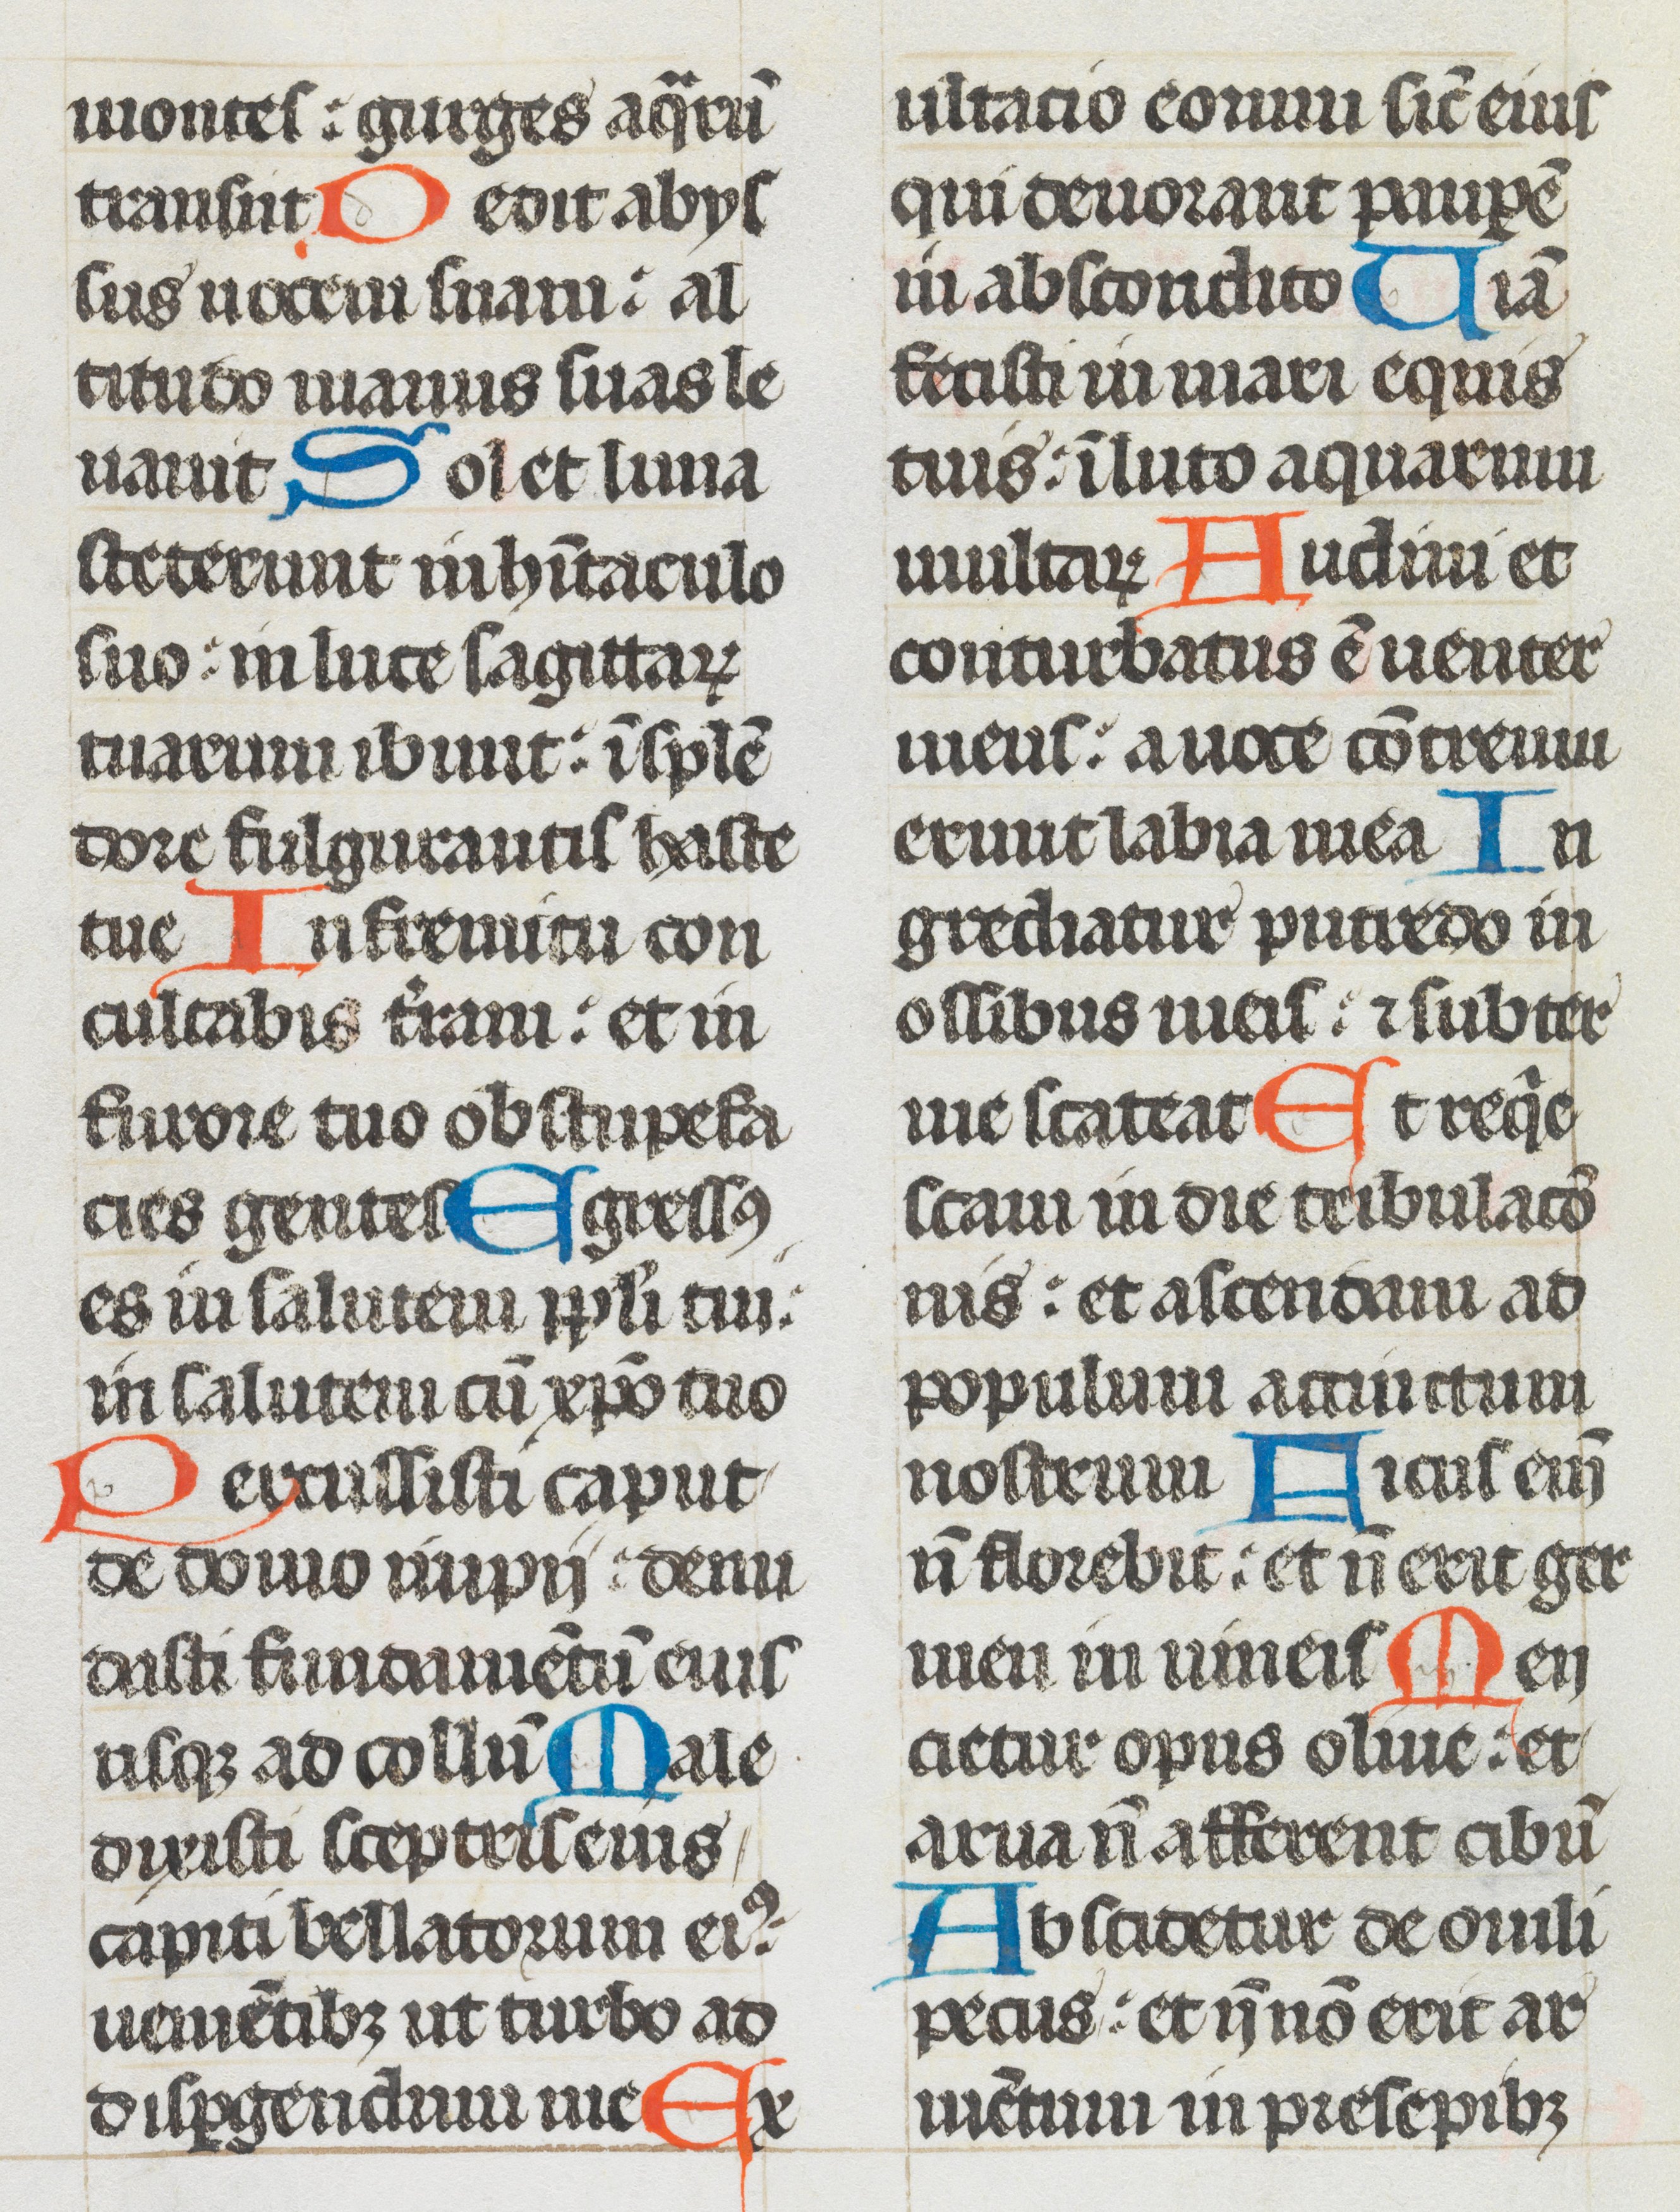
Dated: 1493–1493